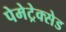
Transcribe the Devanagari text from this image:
पेमेट्रेक्सेड